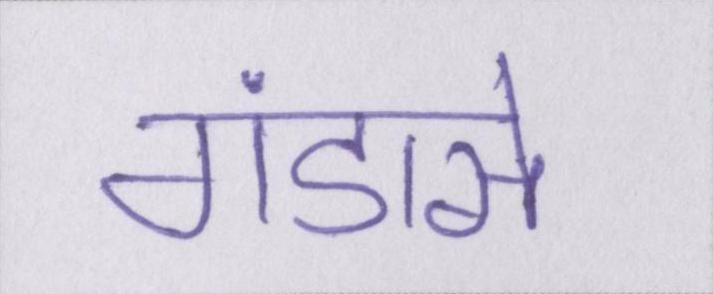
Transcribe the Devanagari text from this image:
गंडासे